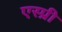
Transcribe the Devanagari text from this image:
एस्प्री